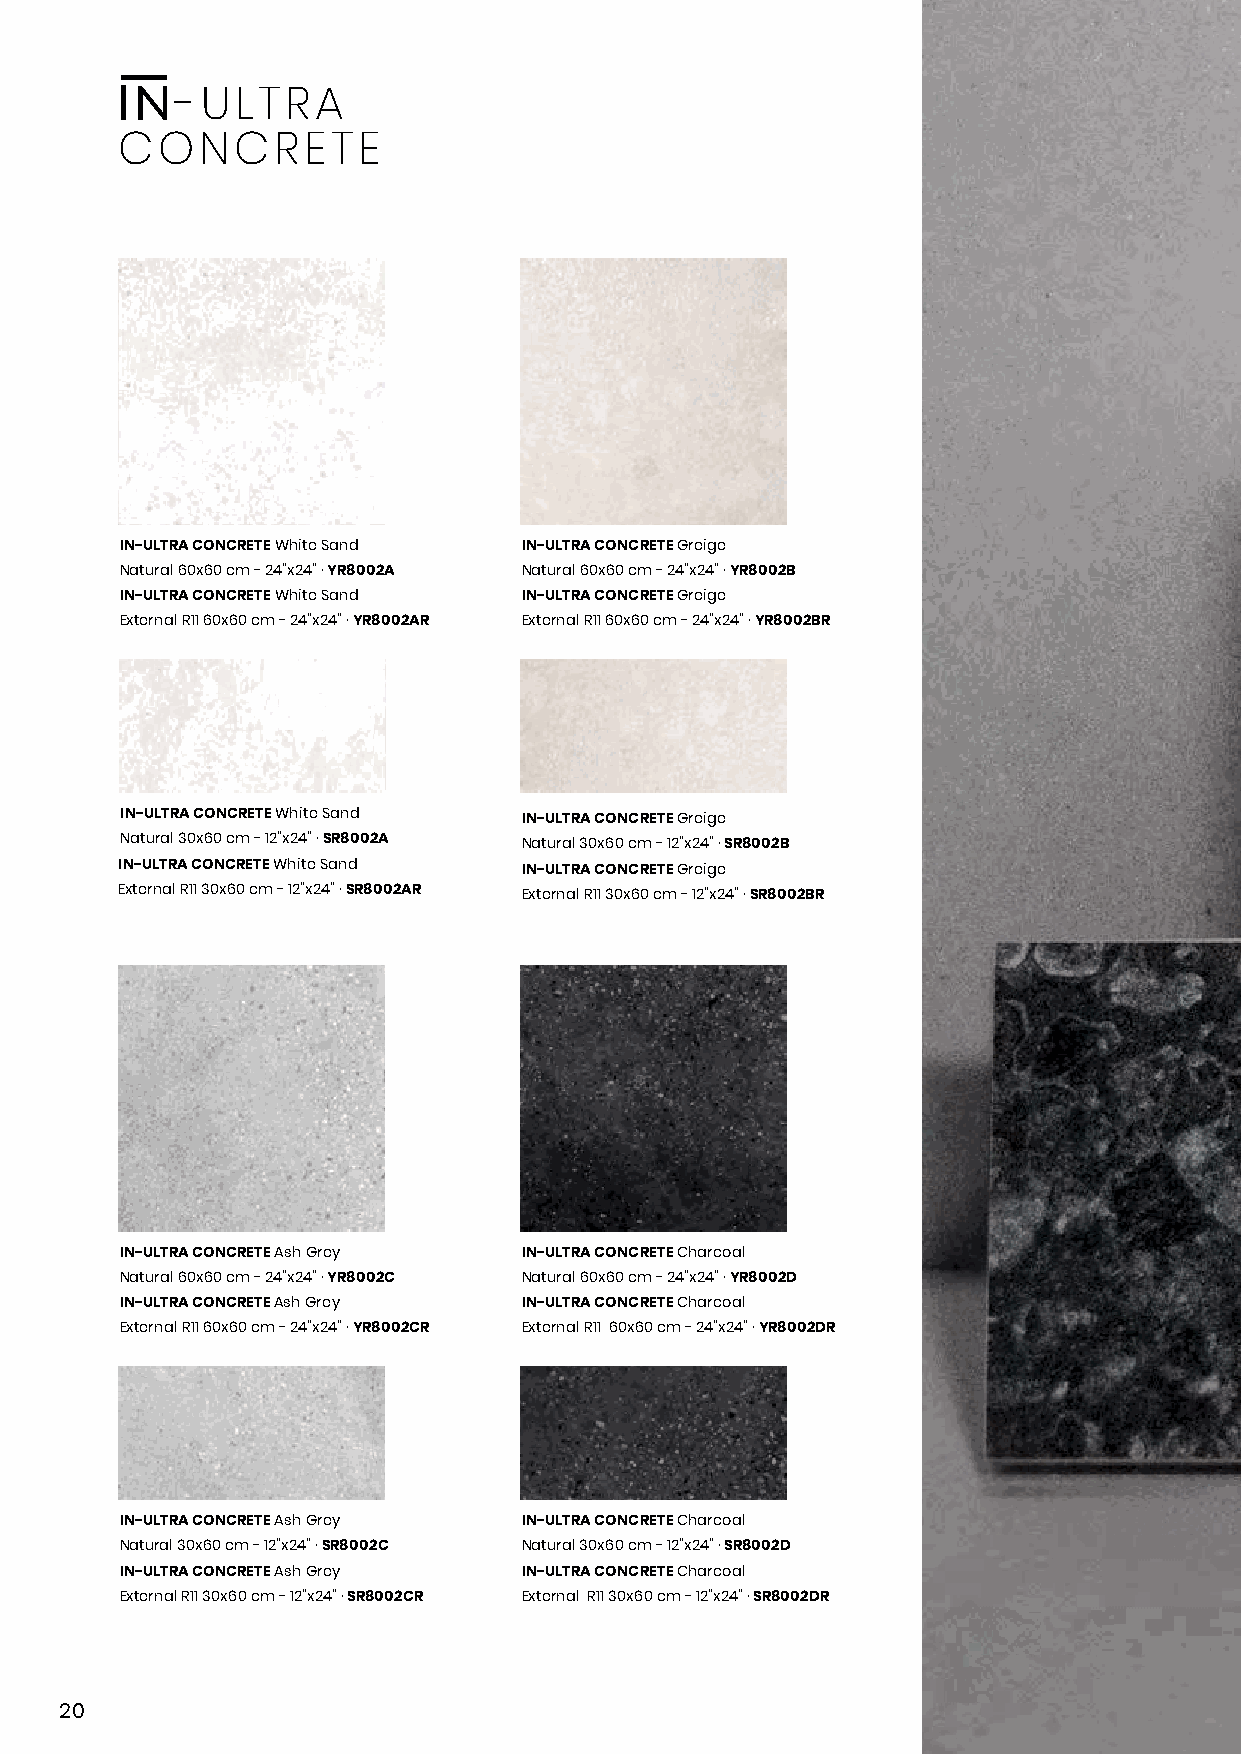
-ULTRA
 CONCRETE
 IN-ULTRA CONCRETE White Sand IN-ULTRA CONCRETE Greige
 Natural 60x60 cm - 24”x24” · YR8002A Natural 60x60 cm - 24”x24” · YR8002B
 IN-ULTRA CONCRETE White Sand IN-ULTRA CONCRETE Greige
 External R11 60x60 cm - 24”x24” · YR8002AR External R11 60x60 cm - 24”x24” · YR8002BR
 IN-ULTRA CONCRETE White Sand IN-ULTRA CONCRETE Greige
 Natural 30x60 cm - 12”x24” · SR8002A Natural 30x60 cm - 12”x24” · SR8002B
 IN-ULTRA CONCRETE White Sand IN-ULTRA CONCRETE Greige
 External R11 30x60 cm - 12”x24” · SR8002AR External R11 30x60 cm - 12”x24” · SR8002BR
 IN-ULTRA CONCRETE Ash Grey IN-ULTRA CONCRETE Charcoal
 Natural 60x60 cm - 24”x24” · YR8002C Natural 60x60 cm - 24”x24” · YR8002D
 IN-ULTRA CONCRETE Ash Grey IN-ULTRA CONCRETE Charcoal
 External R11 60x60 cm - 24”x24” · YR8002CR External R11 60x60 cm - 24”x24” · YR8002DR
 IN-ULTRA CONCRETE Ash Grey IN-ULTRA CONCRETE Charcoal
 Natural 30x60 cm - 12”x24” · SR8002C Natural 30x60 cm - 12”x24” · SR8002D
 IN-ULTRA CONCRETE Ash Grey IN-ULTRA CONCRETE Charcoal
 External R11 30x60 cm - 12”x24” · SR8002CR External R11 30x60 cm - 12”x24” · SR8002DR
 20